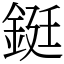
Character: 鋌